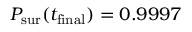
P _ { \mathrm { s u r } } ( t _ { \mathrm { f i n a l } } ) = 0 . 9 9 9 7